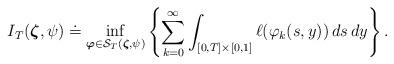
LaTeX: \begin{align*}I_{T}(\boldsymbol{\zeta} ,\psi )\doteq \inf_{\boldsymbol{\varphi} \in \mathcal{S}_{T}(\boldsymbol{\zeta} ,\psi)}\left\{ \sum_{k=0}^{\infty }\int_{[0,T]\times \lbrack 0,1]}\ell (\varphi_{k}(s,y))\,ds\,dy\right\} . \end{align*}